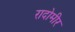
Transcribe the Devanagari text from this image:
रादोमीर